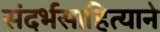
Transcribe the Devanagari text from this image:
संदर्भसाहित्याने